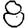
Digit: 8